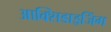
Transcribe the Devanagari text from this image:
आक्सिडाइजिंग